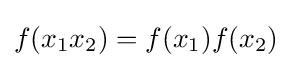
f(x_{1}x_{2})=f(x_{1})f(x_{2})